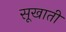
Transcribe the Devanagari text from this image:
सूखाती